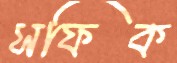
সফিক